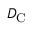
D _ { \mathrm { C } }